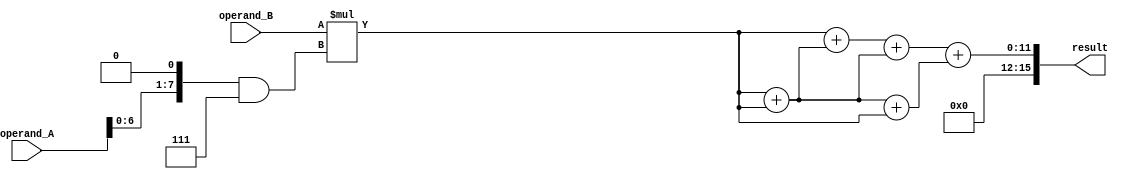
module modified_booth_multiplier (
    input wire [7:0] operand_A,
    input wire [7:0] operand_B,
    output reg [15:0] result
);

reg [7:0] partial_product[7:0];
reg [15:0] intermediate_result[7:0];
reg [15:0] final_result;

// Partial Product Generation Blocks
genvar i;
generate
    for (i = 0; i < 8; i = i + 1) begin : partial_product_generator
        assign partial_product[i] = operand_B * ((operand_A << 1) & 3'b111);
    end
endgenerate

// Wallace Tree Adder
always @(*) begin
    intermediate_result[0] = partial_product[0];
    intermediate_result[1] = partial_product[1] + partial_product[2];
    intermediate_result[2] = partial_product[3] + partial_product[4];
    intermediate_result[3] = partial_product[5] + partial_product[6] + partial_product[7];
    
    final_result = intermediate_result[0] + intermediate_result[1] + intermediate_result[2] + intermediate_result[3];
end

// Assigning final result
always @(*) begin
    result = final_result;
end

endmodule